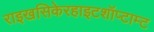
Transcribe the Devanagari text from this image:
राइखसिकेरहाइटशॉप्टाम्ट